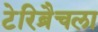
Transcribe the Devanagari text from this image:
टेरिब्रैचला